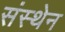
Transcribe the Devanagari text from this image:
संस्थेन